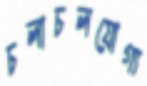
চলাচলযোগ্য